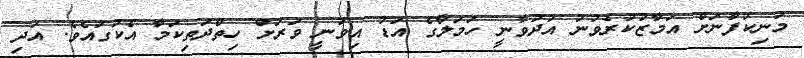
މަނިކުފާނަށް އަމާޒުކުރެވުނު އުދުވާނީ ހަމަލާގެ އަޑު އިވުނީ ވަރަށް ހިތްދަތިކަމާ އެކުގައެވެ. އަދި